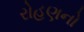
રોહણનો